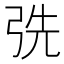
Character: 𢏡